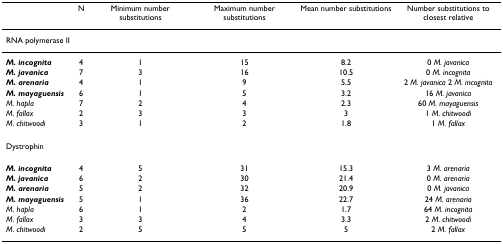
|  | N | Minimum number substitutions | Maximum number substitutions | Mean number substitutions | Number substitutions to closest relative |
 | --- | --- | --- | --- | --- | --- |
 | RNA polymerase II |  |  |  |  |  |
 | M. incognita | 4 | 1 | 15 | 8.2 | 0 M. javanica |
 | M. javanica | 7 | 3 | 16 | 10.5 | 0 M. incognita |
 | M. arenaria | 4 | 1 | 9 | 5.5 | 2 M. javanica 2 M. incognita |
 | M. mayaguensis | 6 | 1 | 5 | 3.2 | 16 M. javanica |
 | M. hapla | 7 | 2 | 4 | 2.3 | 60 M. mayaguensis |
 | M. fallax | 2 | 3 | 3 | 3 | 1 M. chitwoodi |
 | M. chitwoodi | 3 | 1 | 2 | 1.8 | 1 M. fallax |
 | Dystrophin |  |  |  |  |  |
 | M. incognita | 4 | 5 | 31 | 15.3 | 3 M. arenaria |
 | M. javanica | 6 | 2 | 30 | 21.4 | 0 M. arenaria |
 | M. arenaria | 5 | 2 | 32 | 20.9 | 0 M. javanica |
 | M. mayaguensis | 5 | 1 | 36 | 22.7 | 24 M. arenaria |
 | M. hapla | 6 | 1 | 2 | 1.7 | 64 M. incognita |
 | M. fallax | 3 | 3 | 4 | 3.3 | 2 M. chitwoodi |
 | M. chitwoodi | 2 | 5 | 5 | 5 | 2 M. fallax |